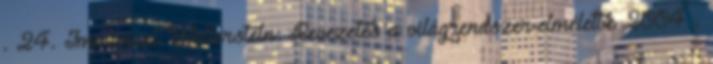
. 24. Immanuel Wallerstein: Bevezetés a világrendszer-elméletbe 2004 .